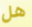
هل